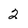
Character: 2